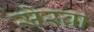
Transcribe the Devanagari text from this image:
सेरवा